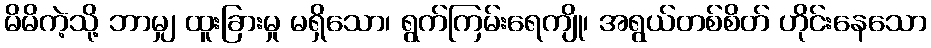
မိမိကဲ့သို့ ဘာမျှ ထူးခြားမှု မရှိသော၊ ရွက်ကြမ်းရေကျို၊ အရွယ်တစ်စိတ် ဟိုင်းနေသော